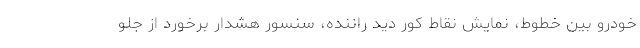
خودرو بین خطوط، نمایش نقاط کور دید راننده، سنسور هشدار برخورد از جلو